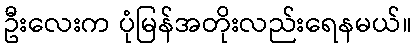
ဦးလေးက ပုံမြန်အတိုးလည်းရေနမယ်။